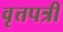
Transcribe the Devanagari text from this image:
वृत्तपत्री